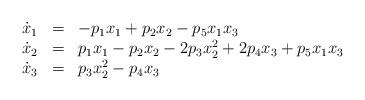
LaTeX: \begin{align*} \begin{array}{rcl}\dot{x}_1 & = & - p_1 x_1 + p_2 x_2 - p_5 x_1 x_3 \\\dot{x}_2 & = & p_1 x_1 - p_2 x_2 - 2 p_3 x_2^2 + 2 p_4 x_3 + p_5 x_1 x_3 \\\dot{x}_3 & = & p_3 x_2^2 - p_4 x_3 \\\end{array} \end{align*}